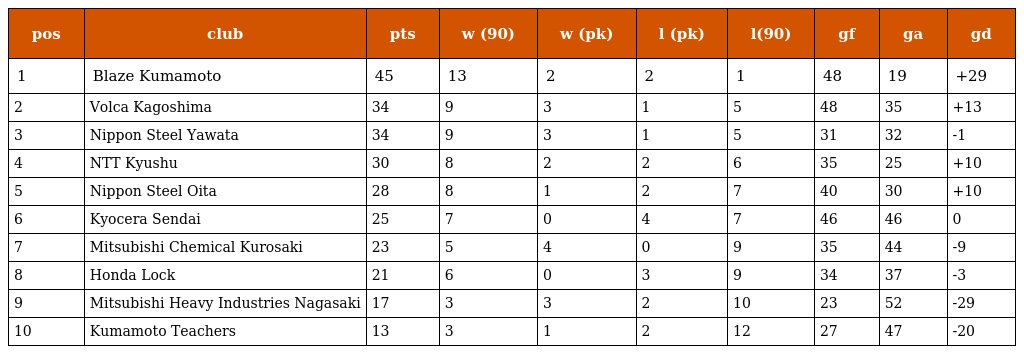
| pos | club | pts | w (90) | w (pk) | l (pk) | l(90) | gf | ga | gd |
 | --- | --- | --- | --- | --- | --- | --- | --- | --- | --- |
 | 1 | Blaze Kumamoto | 45 | 13 | 2 | 2 | 1 | 48 | 19 | +29 |
 | 2 | Volca Kagoshima | 34 | 9 | 3 | 1 | 5 | 48 | 35 | +13 |
 | 3 | Nippon Steel Yawata | 34 | 9 | 3 | 1 | 5 | 31 | 32 | -1 |
 | 4 | NTT Kyushu | 30 | 8 | 2 | 2 | 6 | 35 | 25 | +10 |
 | 5 | Nippon Steel Oita | 28 | 8 | 1 | 2 | 7 | 40 | 30 | +10 |
 | 6 | Kyocera Sendai | 25 | 7 | 0 | 4 | 7 | 46 | 46 | 0 |
 | 7 | Mitsubishi Chemical Kurosaki | 23 | 5 | 4 | 0 | 9 | 35 | 44 | -9 |
 | 8 | Honda Lock | 21 | 6 | 0 | 3 | 9 | 34 | 37 | -3 |
 | 9 | Mitsubishi Heavy Industries Nagasaki | 17 | 3 | 3 | 2 | 10 | 23 | 52 | -29 |
 | 10 | Kumamoto Teachers | 13 | 3 | 1 | 2 | 12 | 27 | 47 | -20 |